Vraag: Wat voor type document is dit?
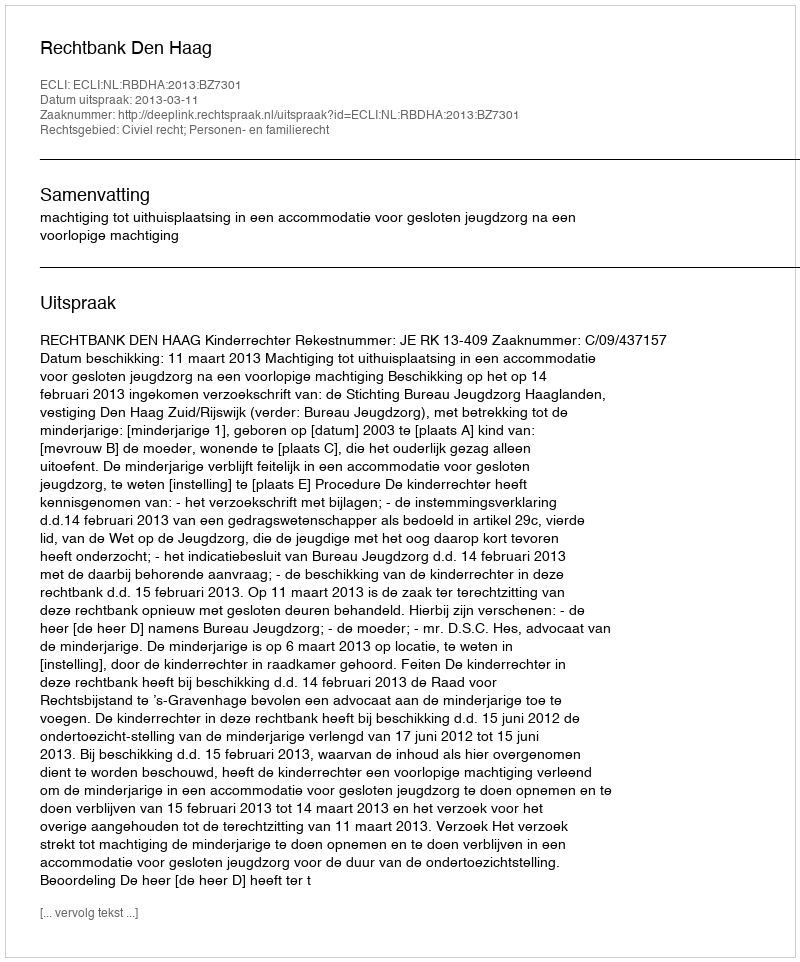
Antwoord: Uitspraak